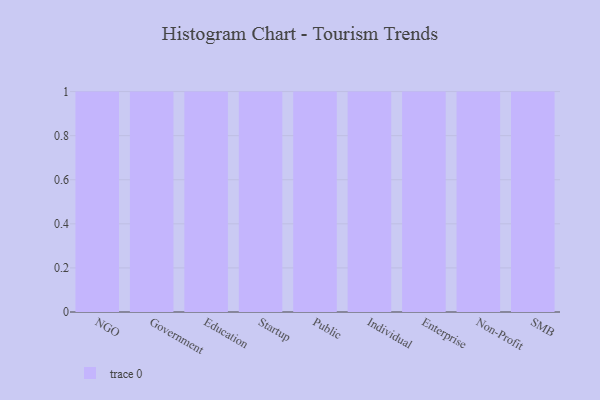
{"axis": {"x": "Segment", "y": "Net Income (USD K)"}, "legend": [""], "data": [{"x": "NGO", "y": 24, "type": ""}, {"x": "Government", "y": 8, "type": ""}, {"x": "Education", "y": 20, "type": ""}, {"x": "Startup", "y": 66, "type": ""}, {"x": "Public", "y": 29, "type": ""}, {"x": "Individual", "y": 17, "type": ""}, {"x": "Enterprise", "y": 24, "type": ""}, {"x": "Non-Profit", "y": 27, "type": ""}, {"x": "SMB", "y": 83, "type": ""}]}